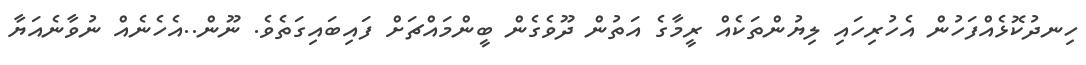
ހިނދުކޮޅެއްފަހުން އެހުރިހައި ލިޔުންތަކެއް ރީމާގެ އަތުން ދޫވެގެން ބީންމައްޗަށް ފައިބައިގަތެވެ. ނޫން..އެހެނެއް ނުވާނެއަޔާ